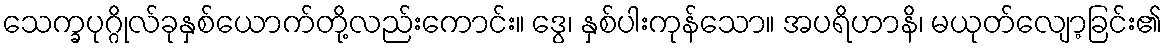
သေက္ခပုဂ္ဂိုလ်ခုနှစ်ယောက်တို့လည်းကောင်း။ ဒွေ၊ နှစ်ပါးကုန်သော။ အပရိဟာနိ၊ မယုတ်လျော့ခြင်း၏